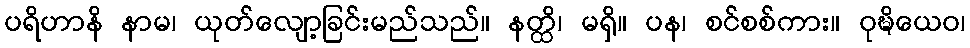
ပရိဟာနိ နာမ၊ ယုတ်လျော့ခြင်းမည်သည်။ နတ္ထိ၊ မရှိ။ ပန၊ စင်စစ်ကား။ ဝုဍ္ဎိယေဝ၊